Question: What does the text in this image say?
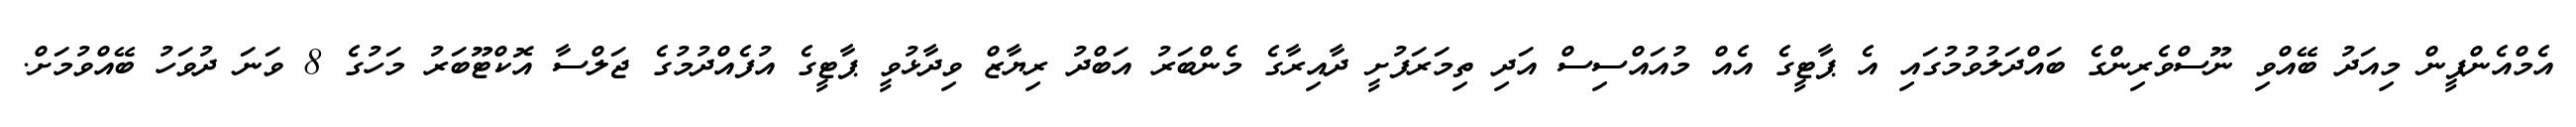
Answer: އެމްއެންޕީން މިއަދު ބޭއްވި ނޫސްވެރިންގެ ބައްދަލުވުމުގައި އެ ޕާޓީގެ އެއް މުއައްސިސް އަދި ތިމަރަފުށީ ދާއިރާގެ މެންބަރު އަބްދު ރިޔާޒް ވިދާޅުވީ ޕާޓީގެ އުފެއްދުމުގެ ޖަލްސާ އޮކްޓޫބަރު މަހުގެ 8 ވަނަ ދުވަހު ބޭއްވުމަށް.